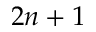
2 n + 1